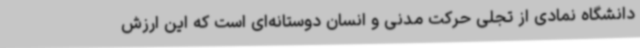
دانشگاه نمادی از تجلی حرکت مدنی و انسان دوستانه‌ای است که این ارزش